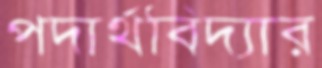
পদার্থবিদ্যার